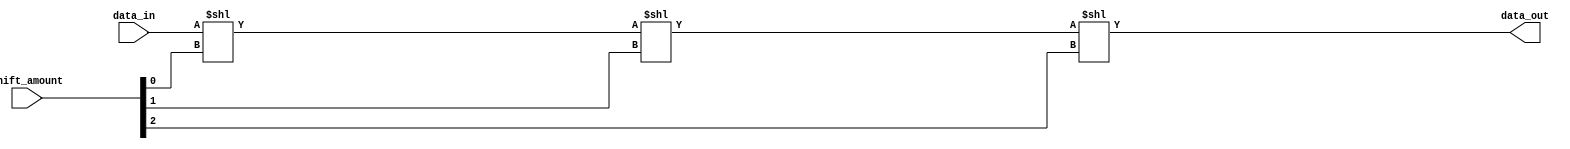
module Circular_Barrel_Shifter(
    input [7:0] data_in,
    input [2:0] shift_amount,
    output reg [7:0] data_out
);

reg [7:0] shifter1_output, shifter2_output, shifter3_output;

// Shifter 1
always @ (*)
begin
    shifter1_output = data_in << shift_amount[0];
end

// Shifter 2
always @ (*)
begin
    shifter2_output = shifter1_output << shift_amount[1];
end

// Shifter 3
always @ (*)
begin
    shifter3_output = shifter2_output << shift_amount[2];
end

// Final output
always @ (*)
begin
    data_out = shifter3_output;
end

endmodule